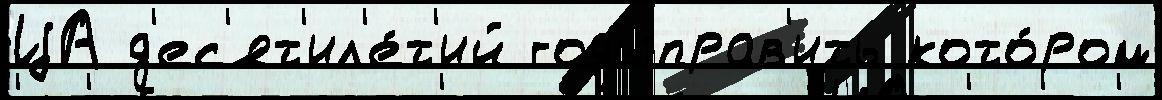
ЦА д'ес'ят'ил'е́т'ий годыправ'ить кото́ром